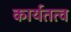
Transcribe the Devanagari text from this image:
कार्यतत्व